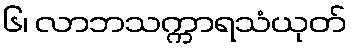
၆၊ လာဘသက္ကာရသံယုတ်